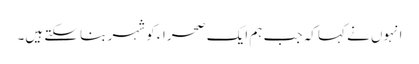
انہوں نے کہا کہ جب ہم ایک صحراء کو شہر بنا سکتے ہیں۔